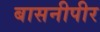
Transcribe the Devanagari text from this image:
बासनीपीर